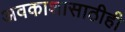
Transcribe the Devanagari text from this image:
अवकाशासाठीही